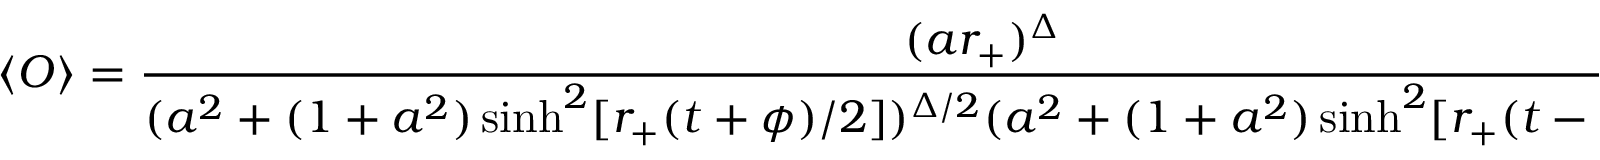
\langle { \cal O } \rangle = { \frac { ( a r _ { + } ) ^ { \Delta } } { ( a ^ { 2 } + ( 1 + a ^ { 2 } ) \sinh ^ { 2 } [ r _ { + } ( t + \phi ) / 2 ] ) ^ { \Delta / 2 } ( a ^ { 2 } + ( 1 + a ^ { 2 } ) \sinh ^ { 2 } [ r _ { + } ( t - \phi ) / 2 ] ) ^ { \Delta / 2 } } }